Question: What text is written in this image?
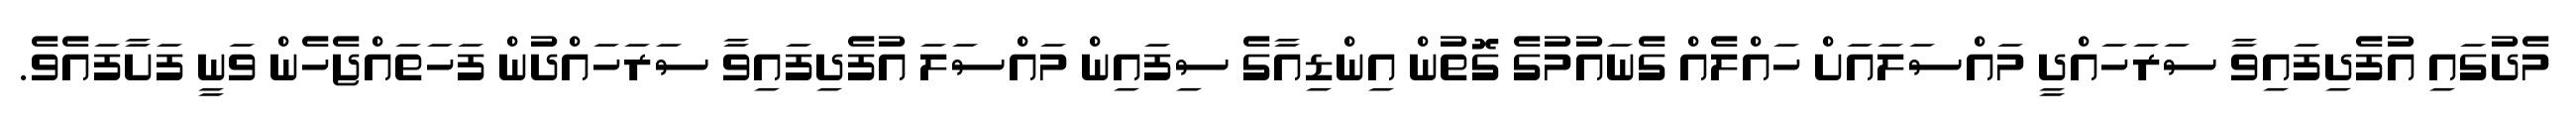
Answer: މެދުގައި އުފެދިފައިވާ ސަރަހައްދީ މައްސަލައަށް ހައްލެއް ގެނައުމުގެ ގޮތުން އިންޑިއާގެ ސިފައިން މައްސަލަ އުފެދިފައިވާ ސަރަހައްދުން ފަހަތައްޖެހެން ވަނީ ފަށާފައެވެ.